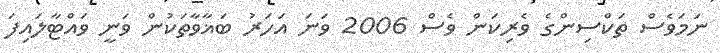
ނަމަވެސް ތަކްސިންގެ ވެރިކަން ވެސް 2006 ވަނަ އަހަރު ބަޣާވާތަކުން ވަނީ ވައްޓާލައިފަ